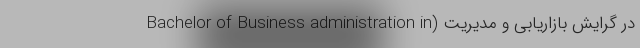
در گرایش بازاریابی و مدیریت (Bachelor of Business administration in